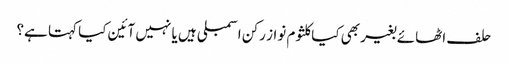
حلف اٹھائے بغیر بھی کیاکلثوم نواز رکن اسمبلی ہیں یا نہیں آئین کیا کہتا ہے؟